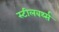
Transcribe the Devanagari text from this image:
स्टीलबर्थ्स